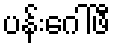
ပန်းဂေါ်ဖီ